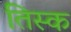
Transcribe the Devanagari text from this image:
तिस्क